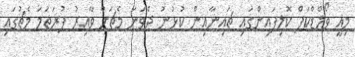
މިއީ ވޯލްޑްކަޕް ކޮލިފައިންގައި ޗައިނާއިން ކުޅުނު ދެވަނަ މެޗަށް ވާއިރު ފުރަތަމަ މެޗުގައި